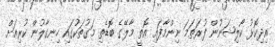
އިދިކޮޅު ކޯލިޝަނުން ފުރަތަމަ ނިންމާފައި އޮތީ މާލޭގެ ބޮޑެތި މަގުތަކުގައި ހިނގާލުން ކުރިއަށް